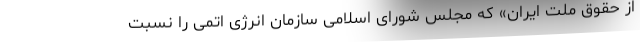
از حقوق ملت ایران» که مجلس شورای اسلامی سازمان انرژی اتمی را نسبت